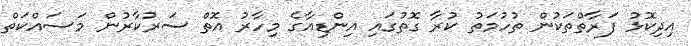
އިދިކޮޅު ފަރާތްތަކުން ތުހުމަތު ކުރާ ގޮތުގައި އިންޑިއާގެ މިހާރު އޮތް ސަރުކާރުން މަސައްކަތް